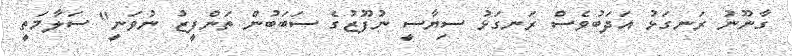
ގާނޫނު ރަނގަޅު އަދަބުވެސް ރަނގަޅު ސިޔާސީ ނުފޫޒުގެ ސަބަބުން ތަންފީޒު ނުވަނީ" ސަލާމަތީ